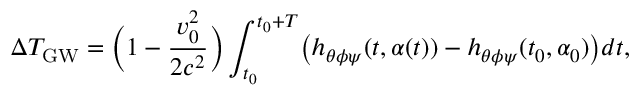
\Delta T _ { \mathrm { G W } } = \Bigl ( 1 - \frac { v _ { 0 } ^ { 2 } } { 2 c ^ { 2 } } \Bigr ) \int _ { t _ { 0 } } ^ { t _ { 0 } + T } \bigl ( h _ { \theta \phi \psi } ( t , \alpha ( t ) ) - h _ { \theta \phi \psi } ( t _ { 0 } , \alpha _ { 0 } ) \bigr ) d t ,